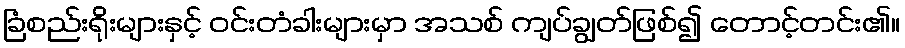
ခြံစည်းရိုးများနှင့် ဝင်းတံခါးများမှာ အသစ် ကျပ်ချွတ်ဖြစ်၍ တောင့်တင်း၏။